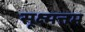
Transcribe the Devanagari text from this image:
सूक्ष्मत्तम